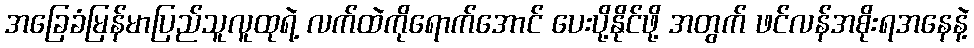
အခြေခံမြန်မာပြည်သူလူထုရဲ့ လက်ထဲကိုရောက်အောင် ပေးပို့နိုင်ဖို့ အတွက် ဖင်လန်အစိုးရအနေနဲ့